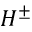
H ^ { \pm }